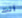
انت